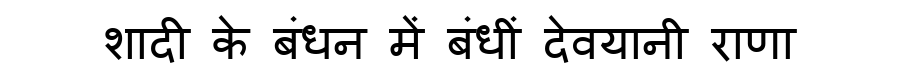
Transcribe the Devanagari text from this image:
शादी के बंधन में बंधीं देवयानी राणा